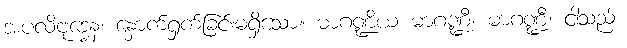
အပလိဗုဒ္ဓေန၊ နှောက်ရှက်ခြင်းမရှိသော။ မာဂဏ္ဍိယ မာဂဏ္ဍီ၊ မာဂဏ္ဍီ၊ ငါသည်